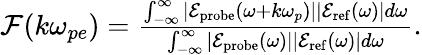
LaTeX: \begin{array}{r}{\mathcal{F}(k\omega_{pe})=\frac{\int_{-\infty}^{\infty}|\mathcal{E}_{\mathrm{probe}}(\omega+k\omega_{p})||\mathcal{E}_{\mathrm{ref}}(\omega)|d\omega}{\int_{-\infty}^{\infty}|\mathcal{E}_{\mathrm{probe}}(\omega)||\mathcal{E}_{\mathrm{ref}}(\omega)|d\omega}.}\end{array}